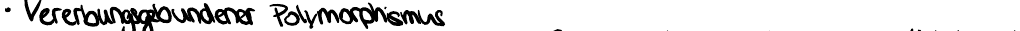
Vererbungsgebundener Polymorphismus